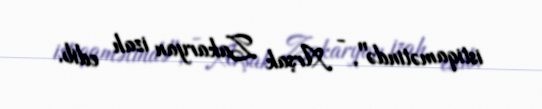
istiqamətində", - Arşak Zakaryan izah edib.